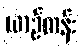
ယာဉ်တန်း